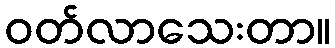
ဝတ်လာသေးတာ။